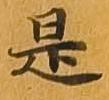
是